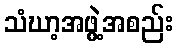
သံဃာ့အဖွဲ့အစည်း